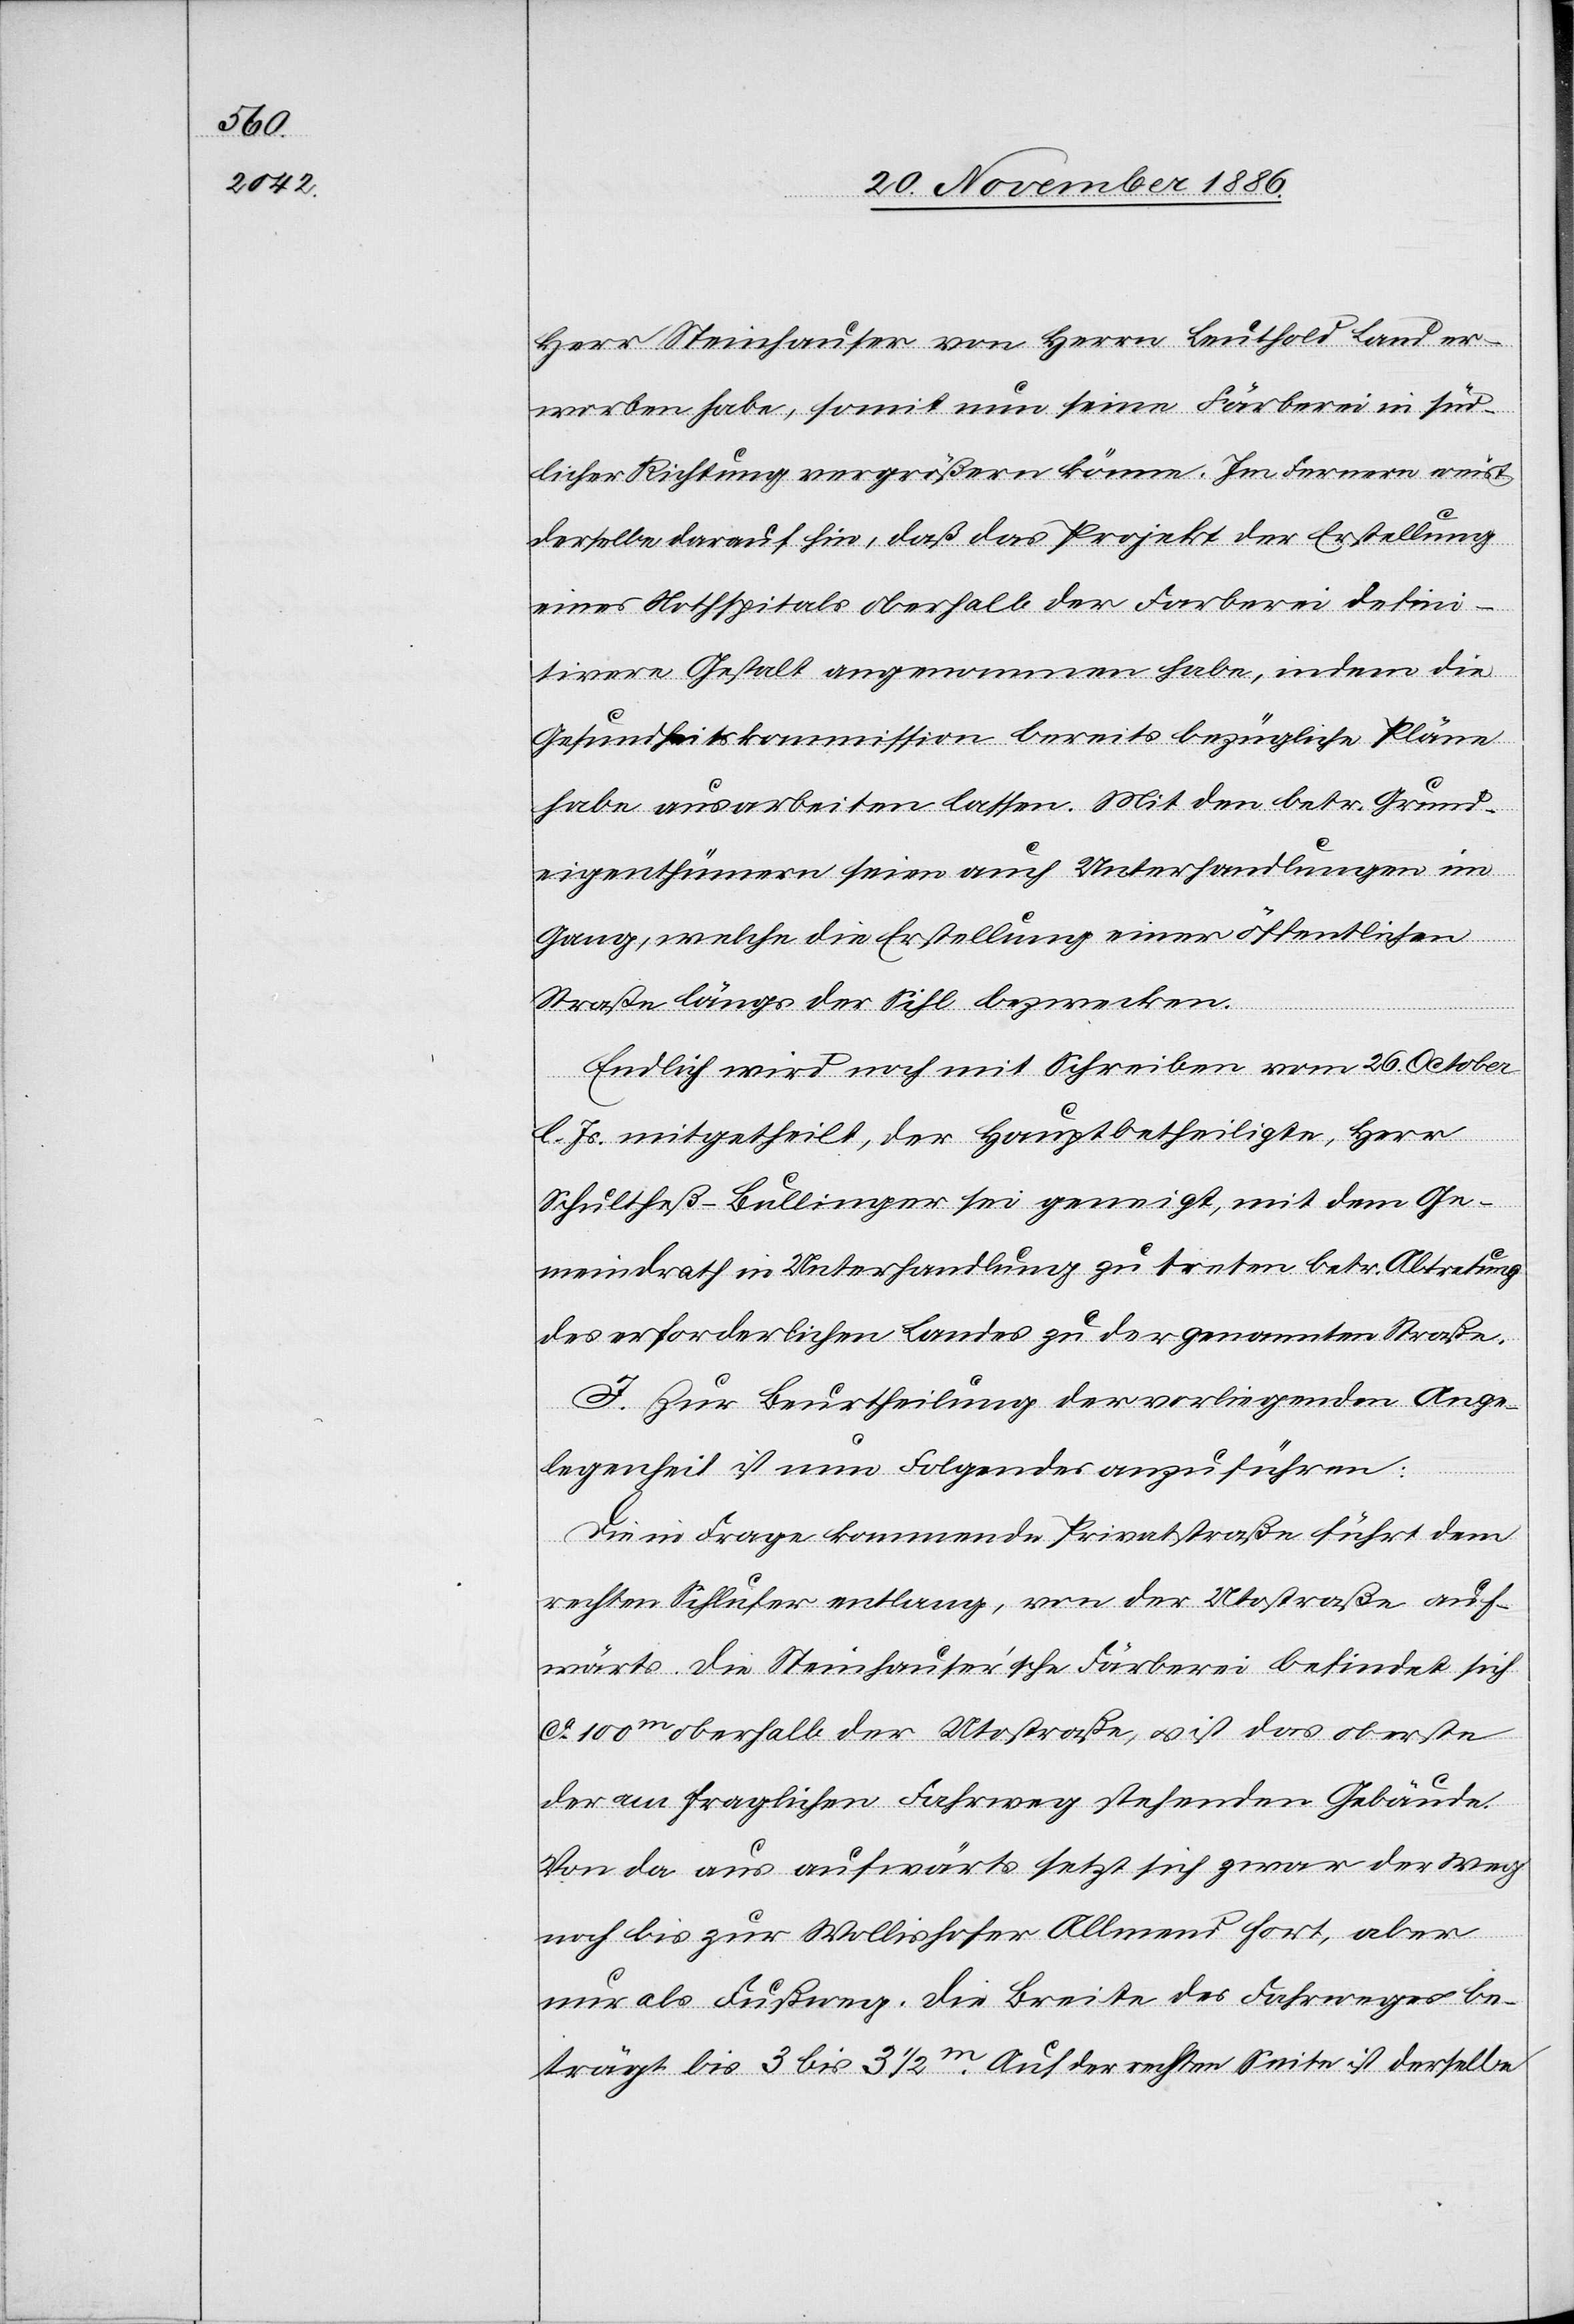
Herr Steinhauser von Herrn Leuthold Land er¬
worben habe, somit nun seine Färberei in süd¬
licher Richtung vergrößern könne. Im Fernern weist
derselbe darauf hin, daß das Projekt der Erstellung
eines Nothspitals oberhalb der Farberei [sic!] defini¬
tivere Gestalt angenommen habe, indem die
Gesundheitskommission bereits bezügliche Pläne
habe ausarbeiten lassen. Mit den betr. Grund¬
eigenthümern seien auch Unterhandlungen im
Gang, welche die Erstellung einer öffentlichen
Straße längs der Sihl bezwecken.
Endlich wird noch mit Schreiben vom 26. October
l. Js. mitgetheilt, der Hauptbetheiligte, Herr
Schultheß-Bullinger sei geneigt, mit dem Ge¬
meindrath in Unterhandlung zu treten betr. Abtretung
des erforderlichen Landes zu der genannten Straße.
I. Zur Beurtheilung der vorliegenden Ange¬
legenheit ist nun Folgendes anzuführen:
Die in Frage kommende Privatstraße führt dem
rechten Sihlufer entlang, von der Utostraße auf¬
wärts. Die Steinhauser’sche Färberei befindet sich
ca 100m oberhalb der Utostraße, & ist das oberste
der am fraglichen Fahrweg stehenden Gebäude.
Von da aus aufwärts setzt sich zwar der Weg
noch bis zur Wollishofer Allmend fort, aber
nur als Fußweg. Die Breite des Fahrweges be¬
trägt bis 3 bis 3 1/2m. Auf der rechten Seite ist derselbe